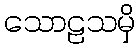
သောဠသမှိ